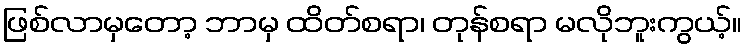
ဖြစ်လာမှတော့ ဘာမှ ထိတ်စရာ၊ တုန်စရာ မလိုဘူးကွယ့်။